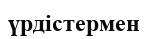
үрдістермен